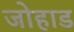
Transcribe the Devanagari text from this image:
जोहाड